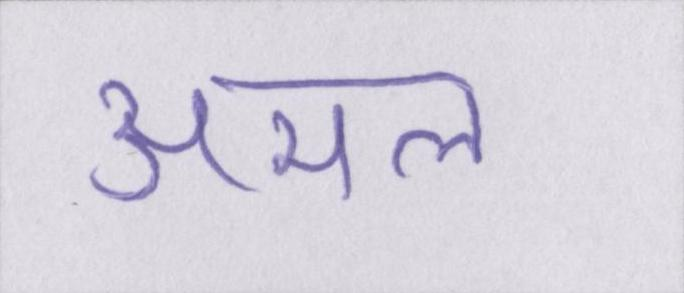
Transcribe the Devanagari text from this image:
अमल